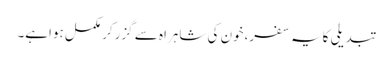
تبدیلی کایہ سفر،خون کی شاہراہ سے گزرکر مکمل ہواہے۔